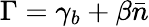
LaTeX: \Gamma=\gamma_{b}+\beta\bar{n}